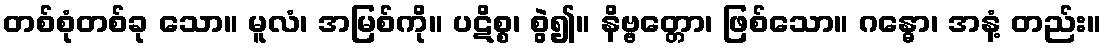
တစ်စုံတစ်ခု သော။ မူလံ၊ အမြစ်ကို။ ပဋိစ္စ၊ စွဲ၍။ နိဗ္ဗတ္တော၊ ဖြစ်သော။ ဂန္ဓော၊ အနံ့ တည်း။